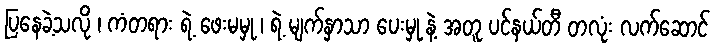
ပြနေခဲ့သလို ၊ ကံတရား ရဲ့ ဖေးမမှု ၊ ရဲ့ မျက်နှာသာ ပေးမှု နဲ့ အတူ ပင်နယ်တီ တလုံး လက်ဆောင်